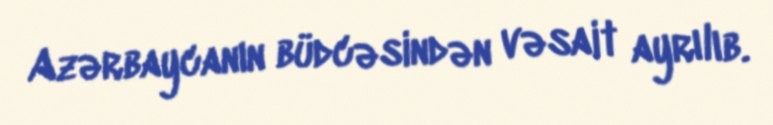
Azərbaycanın büdcəsindən vəsait ayrılıb.